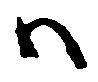
ハ